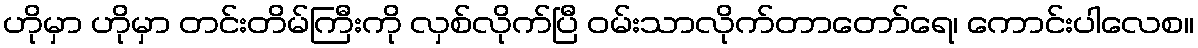
ဟိုမှာ ဟိုမှာ တင်းတိမ်ကြီးကို လှစ်လိုက်ပြီ ဝမ်းသာလိုက်တာတော်ရေ၊ ကောင်းပါလေစ။